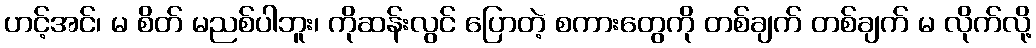
ဟင့်အင်၊ မ စိတ် မညစ်ပါဘူး၊ ကိုဆန်းလွင် ပြောတဲ့ စကားတွေကို တစ်ချက် တစ်ချက် မ လိုက်လို့